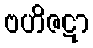
ဗဟိဇဋာ